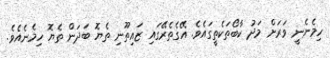
ހިމެނެނީ ވަރަށް މަދު ކާބޯތަކެތީގައެވެ. އޭގެތެރޭގައި ޒައިތޫނި ތެޔޮ ބަދަން ތެޔޮ ހިމެނެއެވެ.